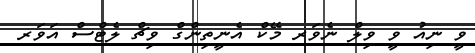
ވީ ނިއު ވީ ވިލް ނެވަރ މޭކް އެނީތިންގް ވިޗް ލެޓްސް އަވަރ